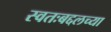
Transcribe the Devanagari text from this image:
स्वतःबद्दलच्या